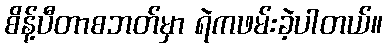
စိန့်ပီတာစဘတ်မှာ ရဲကဖမ်းခဲ့ပါတယ်။